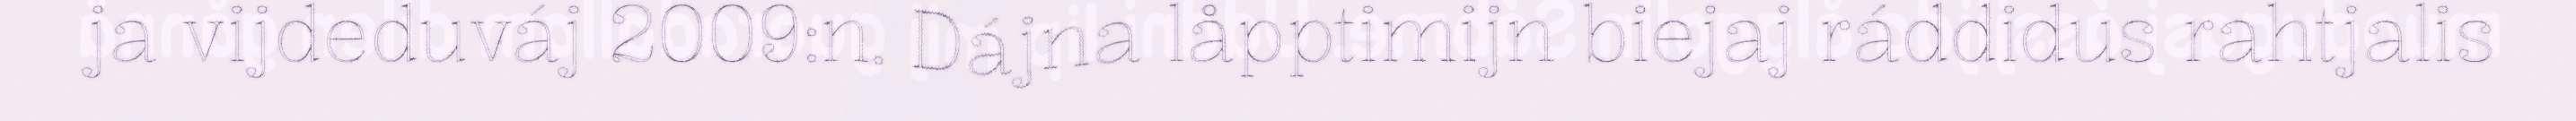
ja vijdeduváj 2009:n. Dájna låpptimijn biejaj ráddidus rahtjalis